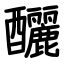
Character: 釃